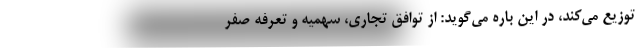
توزیع می‌کند، در این باره می‌گوید: از توافق تجاری، سهمیه و تعرفه صفر